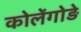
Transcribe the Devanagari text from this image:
कोलेंगोड़े